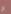
و